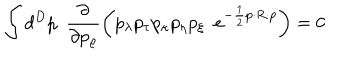
LaTeX: \int d ^ { D } p \, \, \, \frac { \partial } { \partial p _ { \varrho } } \left( p _ { \lambda } p _ { \tau } p _ { \kappa } p _ { \eta } p _ { \xi } \, \, \, e ^ { - \frac { 1 } { 2 } p \cdot R \cdot p } \right) = 0